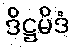
ဒိဋ္ဌမိဒံ